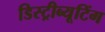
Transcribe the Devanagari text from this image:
डिस्ट्रीब्यूटिंग